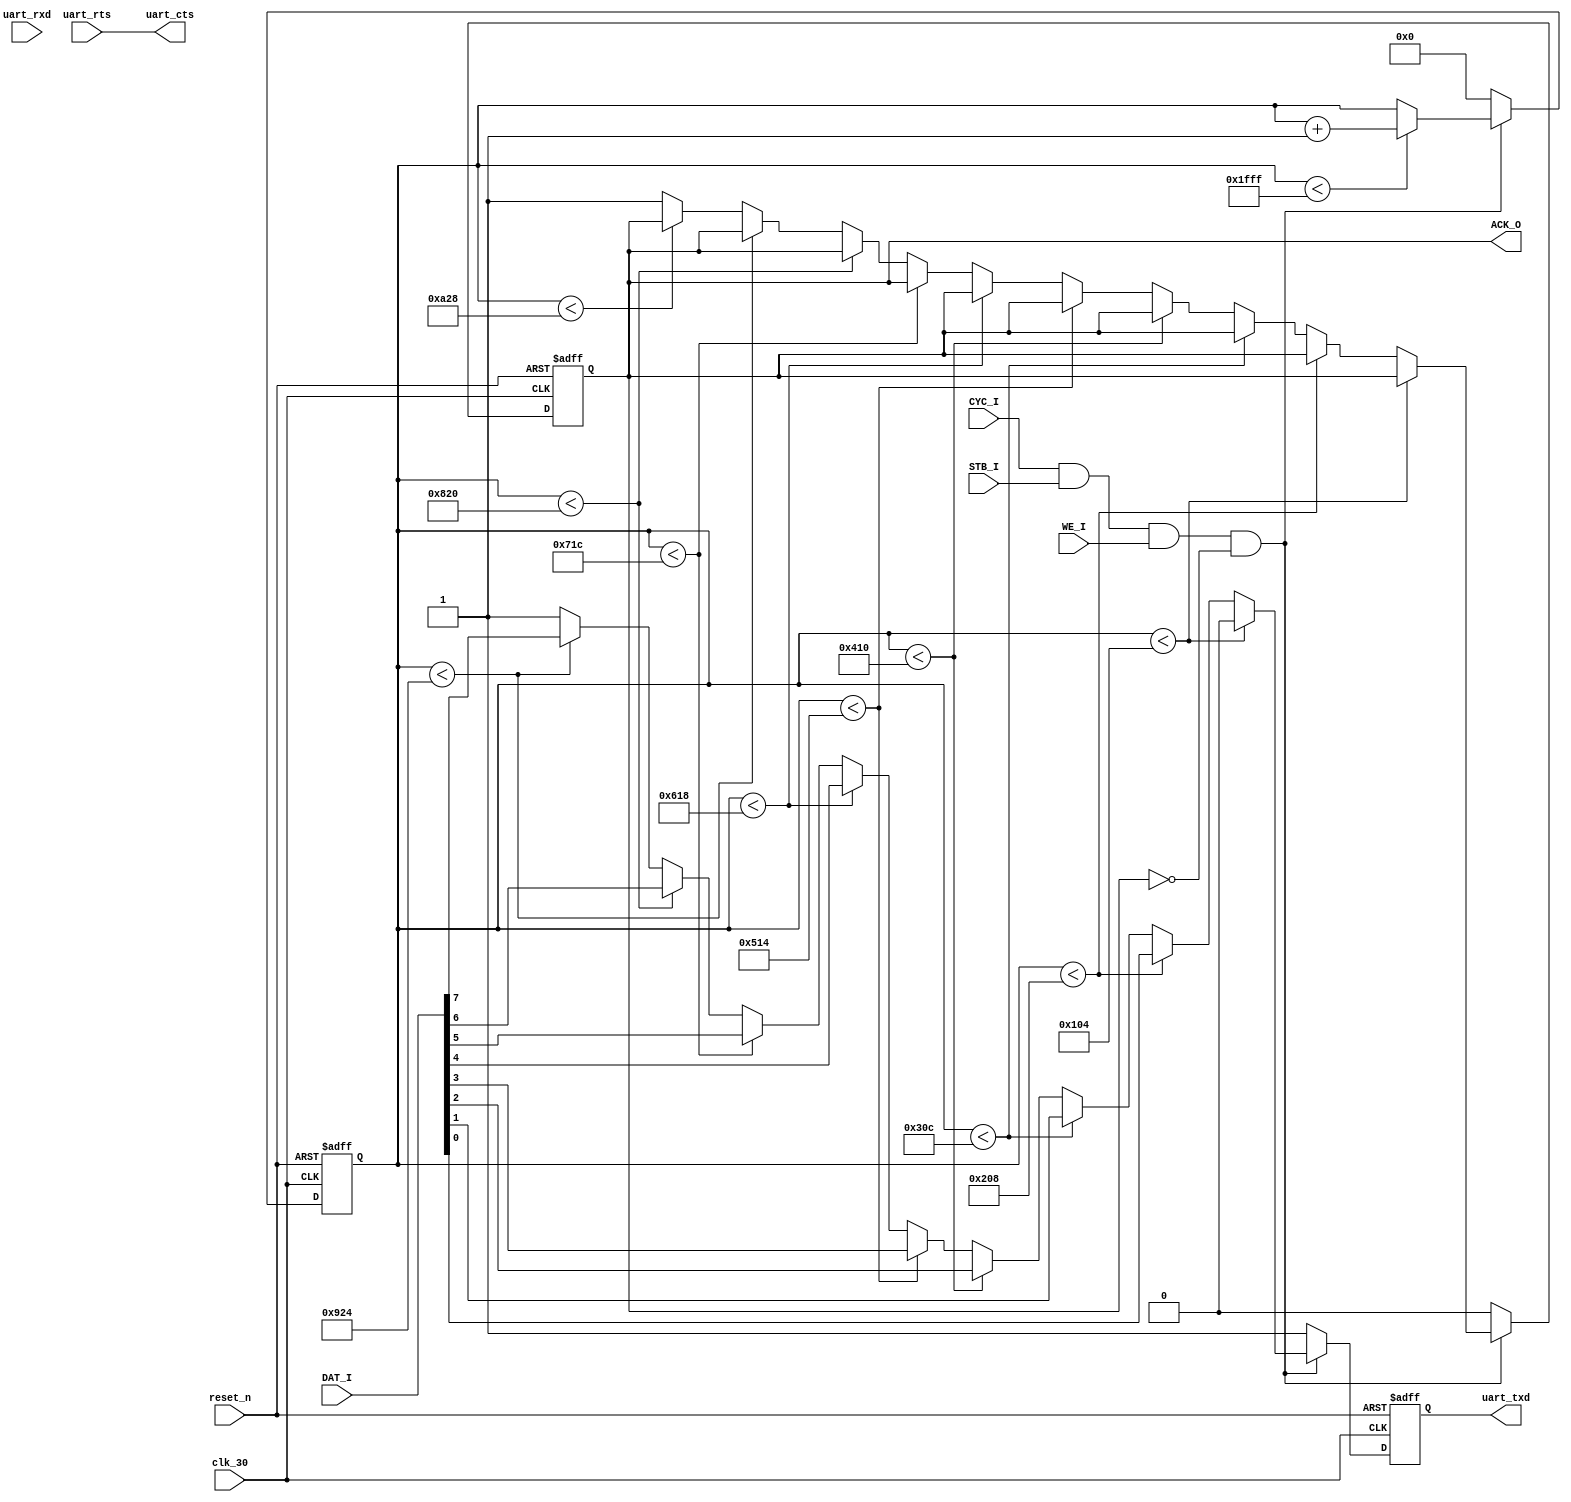
/* 
 * Copyright 2010, Aleksander Osman, alfik@poczta.fm. All rights reserved.
 *
 * Redistribution and use in source and binary forms, with or without modification, are
 * permitted provided that the following conditions are met:
 *
 *  1. Redistributions of source code must retain the above copyright notice, this list of
 *     conditions and the following disclaimer.
 *
 *  2. Redistributions in binary form must reproduce the above copyright notice, this list
 *     of conditions and the following disclaimer in the documentation and/or other materials
 *     provided with the distribution.
 *
 * THIS SOFTWARE IS PROVIDED BY THE AUTHOR ``AS IS'' AND ANY EXPRESS OR IMPLIED
 * WARRANTIES, INCLUDING, BUT NOT LIMITED TO, THE IMPLIED WARRANTIES OF MERCHANTABILITY AND
 * FITNESS FOR A PARTICULAR PURPOSE ARE DISCLAIMED. IN NO EVENT SHALL THE AUTHOR OR
 * CONTRIBUTORS BE LIABLE FOR ANY DIRECT, INDIRECT, INCIDENTAL, SPECIAL, EXEMPLARY, OR
 * CONSEQUENTIAL DAMAGES (INCLUDING, BUT NOT LIMITED TO, PROCUREMENT OF SUBSTITUTE GOODS OR
 * SERVICES; LOSS OF USE, DATA, OR PROFITS; OR BUSINESS INTERRUPTION) HOWEVER CAUSED AND ON
 * ANY THEORY OF LIABILITY, WHETHER IN CONTRACT, STRICT LIABILITY, OR TORT (INCLUDING
 * NEGLIGENCE OR OTHERWISE) ARISING IN ANY WAY OUT OF THE USE OF THIS SOFTWARE, EVEN IF
 * ADVISED OF THE POSSIBILITY OF SUCH DAMAGE.
 */

module serial_txd(
	input clk_30,
	input reset_n,
	
	// WISHBONE slave
	input [7:0] DAT_I,
    output reg ACK_O,
    
	input CYC_I,
	input STB_I,
	input WE_I,
	
	//serial output
	input uart_rxd,
	input uart_rts,
	output reg uart_txd,
	output uart_cts
);

assign uart_cts = uart_rts;

reg [12:0] counter;

// 115200 baud -> 8680.5555 ns / bit = 260 * 33.333 ns 
parameter [9:0] one_bit = 10'd260;

always @(posedge clk_30 or negedge reset_n) begin
	if(reset_n == 1'b0) begin
		ACK_O <= 1'b0;
		uart_txd <= 1'b1;
		counter <= 13'd0;
	end
	
	else if(CYC_I == 1'b1 && STB_I == 1'b1 && WE_I == 1'b1 && ACK_O == 1'b0) begin
		if(counter < 13'd8191) counter <= counter + 13'd1;
		
		
		if(counter < one_bit*1) 		uart_txd <= 1'b0;
		else if(counter < one_bit*2) 	uart_txd <= DAT_I[0];
		else if(counter < one_bit*3) 	uart_txd <= DAT_I[1];
		else if(counter < one_bit*4) 	uart_txd <= DAT_I[2];
		else if(counter < one_bit*5) 	uart_txd <= DAT_I[3];
		else if(counter < one_bit*6) 	uart_txd <= DAT_I[4];
		else if(counter < one_bit*7) 	uart_txd <= DAT_I[5];
		else if(counter < one_bit*8) 	uart_txd <= DAT_I[6];
		else if(counter < one_bit*9) 	uart_txd <= DAT_I[7];
		else if(counter < one_bit*10) 	uart_txd <= 1'b1;
		else begin
			uart_txd <= 1'b1;
			ACK_O <= 1'b1;
		end
	end
	else begin
		ACK_O <= 1'b0;
		uart_txd <= 1'b1;
		counter <= 13'd0;
	end
end

endmodule